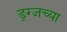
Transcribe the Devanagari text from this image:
ड्रग्जच्या